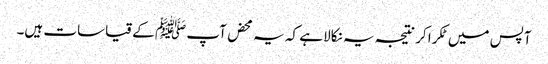
آپس میں ٹکرا کر نتیجہ یہ نکالا ہے کہ یہ محض آپ ﷺ کے قیاسات ہیں۔